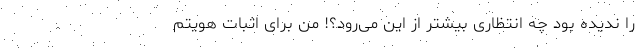
را ندیده بود چه انتظاری بیشتر از این می‌رود؟! من برای اثبات هویتم